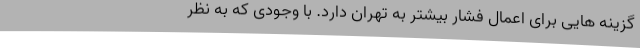
گزینه هایی برای اعمال فشار بیشتر به تهران دارد. با وجودی که به نظر